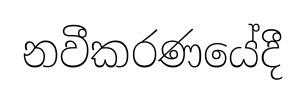
නවීකරණයේදී